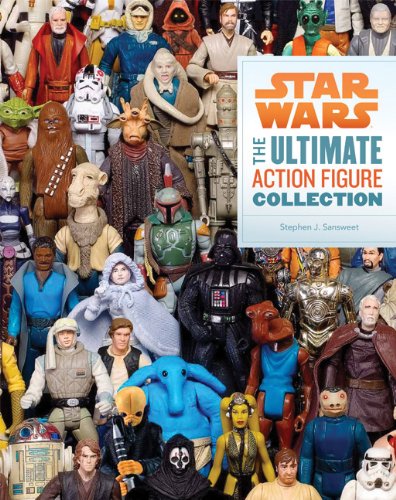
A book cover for Star Wars: The Ultimate Action Figure Collection; Stephen J. Sansweet; Humor & Entertainment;